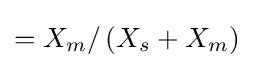
=X_{m}/\left(X_{s}+X_{m}\right)